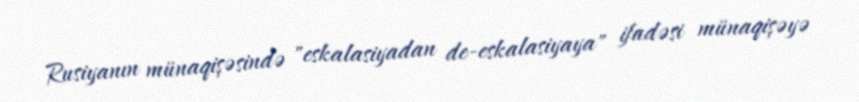
Rusiyanın münaqişəsində "eskalasiyadan de-eskalasiyaya" ifadəsi münaqişəyə